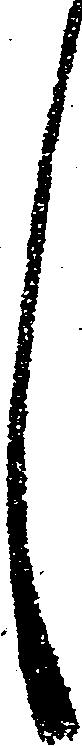
々